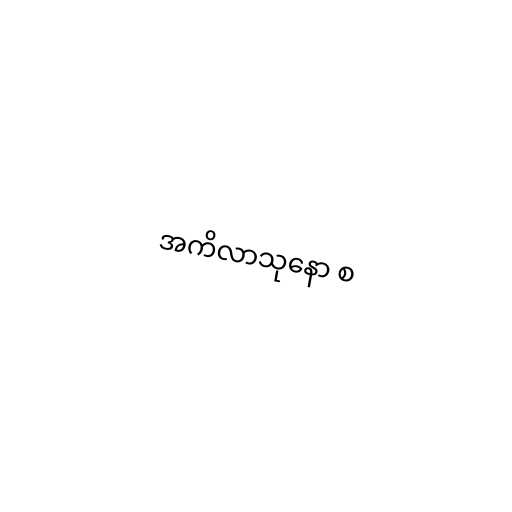
အကိလာသုနော စ